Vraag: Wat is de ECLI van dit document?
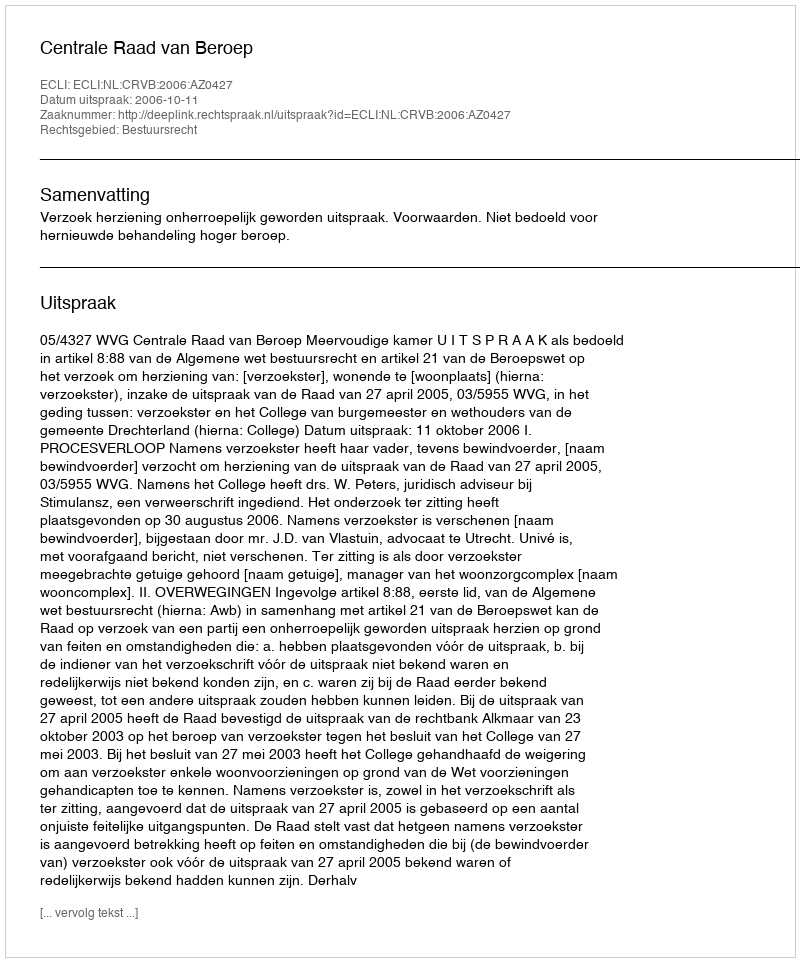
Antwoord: ECLI:NL:CRVB:2006:AZ0427